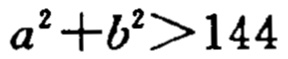
\(a^{2}+b^{2}>144\)